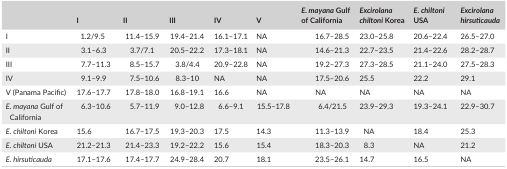
|  | I | II | III | IV | V | E. mayana Gulf of California | Excirolana chiltoni Korea | E. chiltoni USA | Excirolana hirsuticauda |
 | --- | --- | --- | --- | --- | --- | --- | --- | --- | --- |
 | I | 1.2/9.5 | 11.4–15.9 | 19.4–21.4 | 16.1–17.1 | NA | 16.7–28.5 | 23.0–25.8 | 20.6–22.4 | 26.5–27.0 |
 | II | 3.1–6.3 | 3.7/7.1 | 20.5–22.2 | 17.3–18.1 | NA | 14.6–21.3 | 22.7–23.5 | 21.4–22.6 | 28.2–28.7 |
 | III | 7.7–11.3 | 8.5–15.7 | 3.8/4.4 | 20.9–22.8 | NA | 19.2–27.3 | 27.3–28.5 | 21.1–24.0 | 27.5–28.3 |
 | IV | 9.1–9.9 | 7.5–10.6 | 8.3–10 | NA | NA | 17.5–20.6 | 25.5 | 22.2 | 29.1 |
 | V (Panama Pacific) | 17.6–17.7 | 17.8–18.0 | 16.8–19.1 | 16.6 | NA | NA | NA | NA | NA |
 | E. mayana Gulf of California | 6.3–10.6 | 5.7–11.9 | 9.0–12.8 | 6.6–9.1 | 15.5–17.8 | 6.4/21.5 | 23.9–29.3 | 19.3–24.1 | 22.9–30.7 |
 | E. chiltoni Korea | 15.6 | 16.7–17.5 | 19.3–20.3 | 17.5 | 14.3 | 11.3–13.9 | NA | 18.4 | 25.3 |
 | E. chiltoni USA | 21.2–21.3 | 21.4–23.3 | 19.2–22.2 | 15.6 | 15.4 | 18.3–20.3 | 8.3 | NA | 21.2 |
 | E. hirsuticauda | 17.1–17.6 | 17.4–17.7 | 24.9–28.4 | 20.7 | 18.1 | 23.5–26.1 | 14.7 | 16.5 | NA |